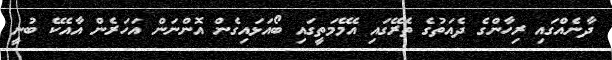
ދާނެއްގައި ރިހާންގެ ދެއަތުގެ ތެރޭގައި އެމޭމަތީގައި ބޯއަޅައިގެން އޮންނަން އަހަރެން އާއެކޭ ބުނީ